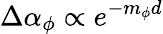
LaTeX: \Delta\alpha_{\phi}\propto e^{-m_{\phi}d}